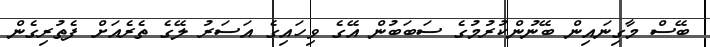
ބޭސް މާގިނައިން ބޭނުންކުރުމުގެ ސަބަބުން އޭގެ ވިހައިގެ އަސަރު ލޭގެ ތެރެއަށް ފެތުރިގެން